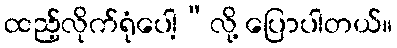
ထည့်လိုက်ရုံပေါ့”လို့ ပြောပါတယ်။